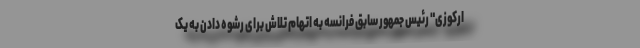
ارکوزی" رئیس جمهور سابق فرانسه به اتهام تلاش برای رشوه دادن به یک